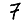
Digit: 7